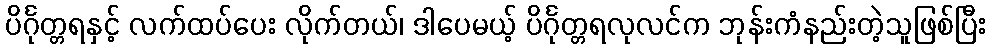
ပိင်္ဂုတ္တရနှင့် လက်ထပ်ပေး လိုက်တယ်၊ ဒါပေမယ့် ပိင်္ဂုတ္တရလုလင်က ဘုန်းကံနည်းတဲ့သူဖြစ်ပြီး